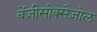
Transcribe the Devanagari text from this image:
बेंज़ीसोक्सैज़ोल